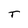
Character: T